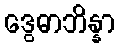
ဒွေဓာဘိန္နာ